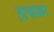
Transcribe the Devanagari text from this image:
हत्याकर